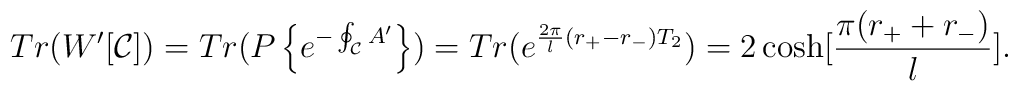
Tr(W'[{\cal C}])= Tr(P\left\{e^{-\oint_{\cal C} A'}\right\})=Tr(e^{{{2\pi\over l}(r_+-r_-)}T_2})=2\cosh [{\pi(r_++r_-)\over l}].